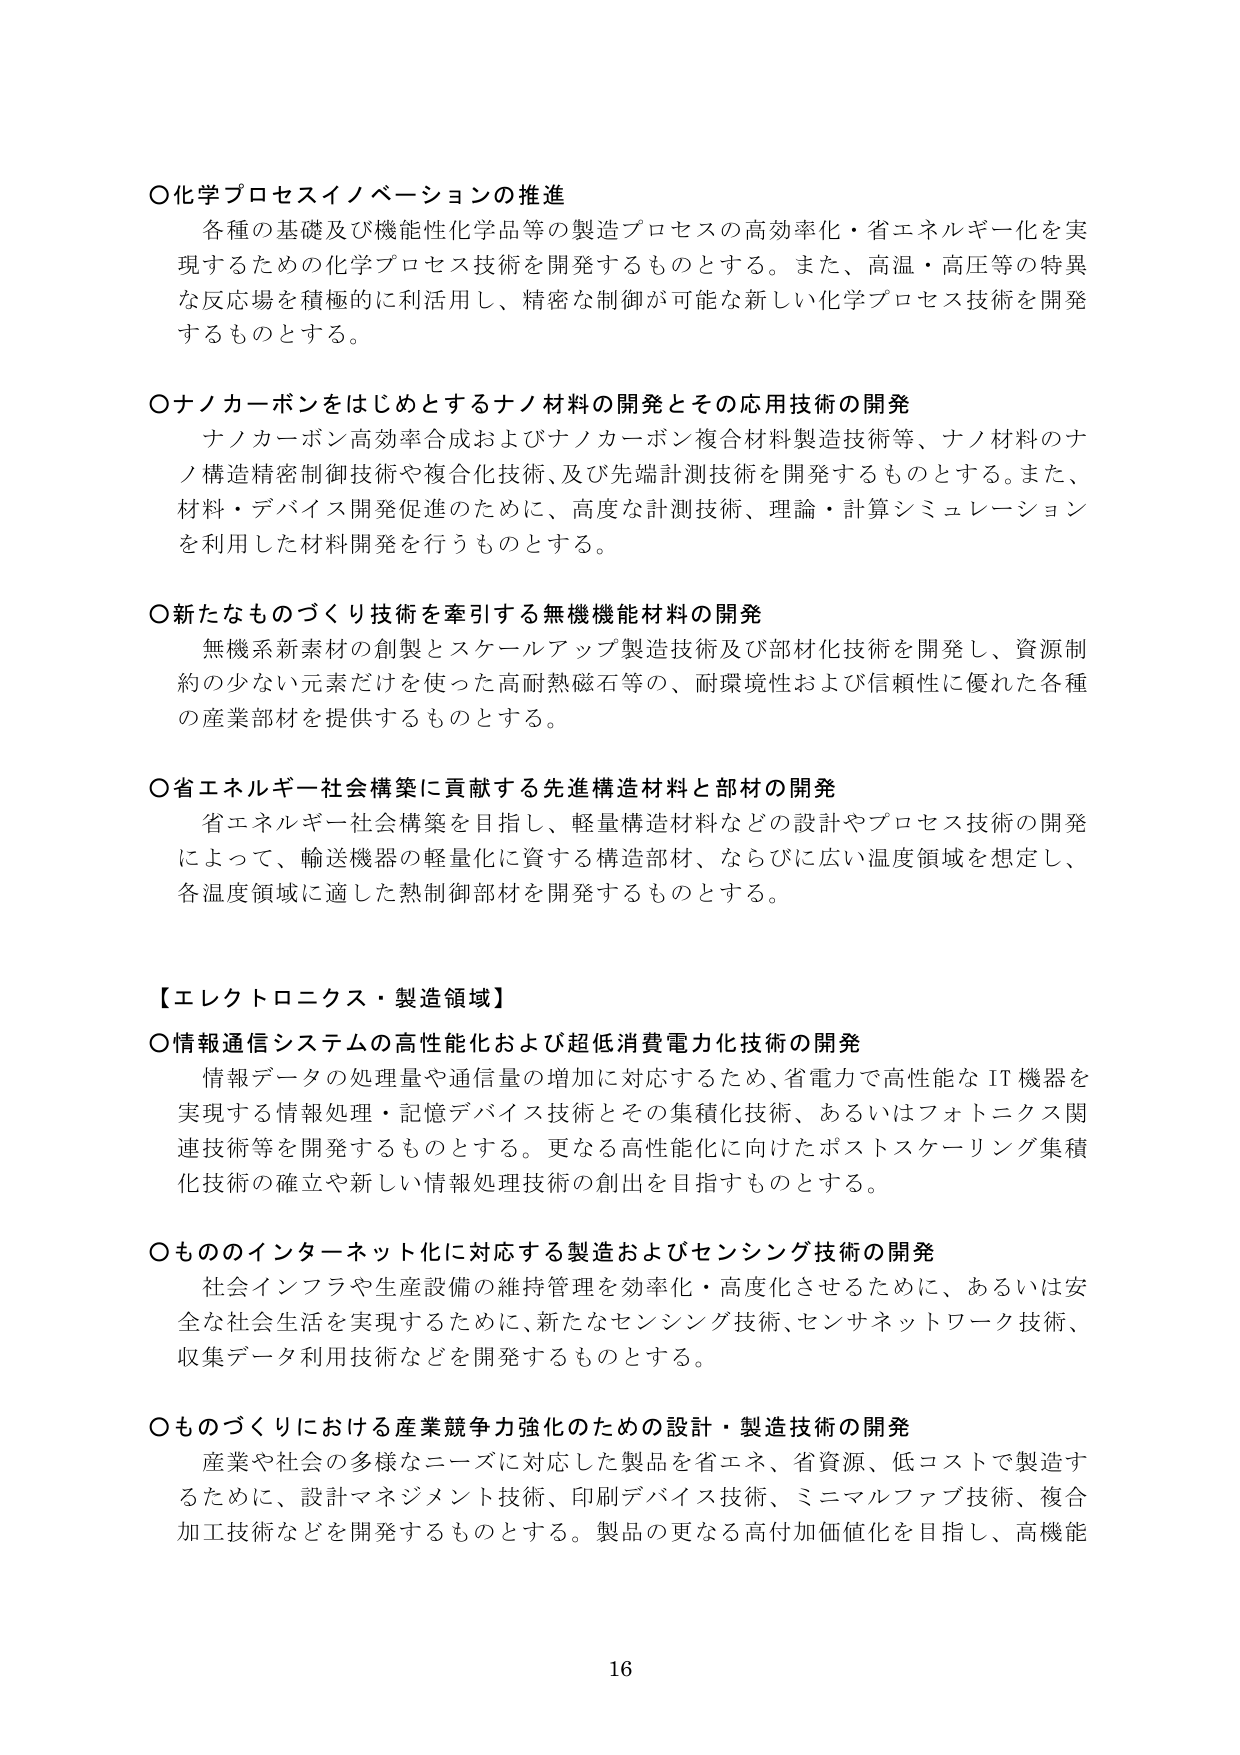
○化学プロセスイノベーションの推進
各種の基礎及び機能性化学品等の製造プロセスの高効率化・省エネルギー化を実現するための化学プロセス技術を開発するものとする。また、高温・高圧等の特異な反応場を積極的に利活用し、精密な制御が可能な新しい化学プロセス技術を開発するものとする。

○ナノカーボンをはじめとするナノ材料の開発とその応用技術の開発
ナノカーボン高効率合成およびナノカーボン複合材料製造技術等、ナノ材料のナノ構造精密制御技術や複合化技術、及び先端計測技術を開発するものとする。また、材料・デバイス開発促進のために、高度な計測技術、理論・計算シミュレーションを利用した材料開発を行うものとする。

○新たなものづくり技術を牽引する無機機能材料の開発
無機系新素材の創製とスケールアップ製造技術及び部材化技術を開発し、資源制約の少ない元素だけを使った高耐熱磁石等の、耐環境性および信頼性に優れた各種の産業部材を提供するものとする。

○省エネルギー社会構築に貢献する先進構造材料と部材の開発
省エネルギー社会構築を目指し、軽量構造材料などの設計やプロセス技術の開発によって、輸送機器の軽量化に資する構造部材、ならびに広い温度領域を想定し、各温度領域に適した熱制御部材を開発するものとする。

【エレクトロニクス・製造領域】
○情報通信システムの高性能化および超低消費電力化技術の開発
情報データの処理量や通信量の増加に対応するため、省電力で高性能なIT機器を実現する情報処理・記憶デバイス技術とその集積化技術、あるいはフォトニクス関連技術等を開発するものとする。更なる高性能化に向けたポストスケーリング集積化技術の確立や新しい情報処理技術の創出を目指すものとする。

○もののインターネット化に対応する製造およびセンシング技術の開発
社会インフラや生産設備の維持管理を効率化・高度化させるために、あるいは安全な社会生活を実現するために、新たなセンシング技術、センサネットワーク技術、収集データ利用技術などを開発するものとする。

○ものづくりにおける産業競争力強化のための設計・製造技術の開発
産業や社会の多様なニーズに対応した製品を省エネ、省資源、低コストで製造するために、設計マネジメント技術、印刷デバイス技術、ミニマルファブ技術、複合加工技術などを開発するものとする。製品の更なる高付加価値化を目指し、高機能

16